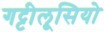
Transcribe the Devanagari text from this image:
गट्टीलूसियो